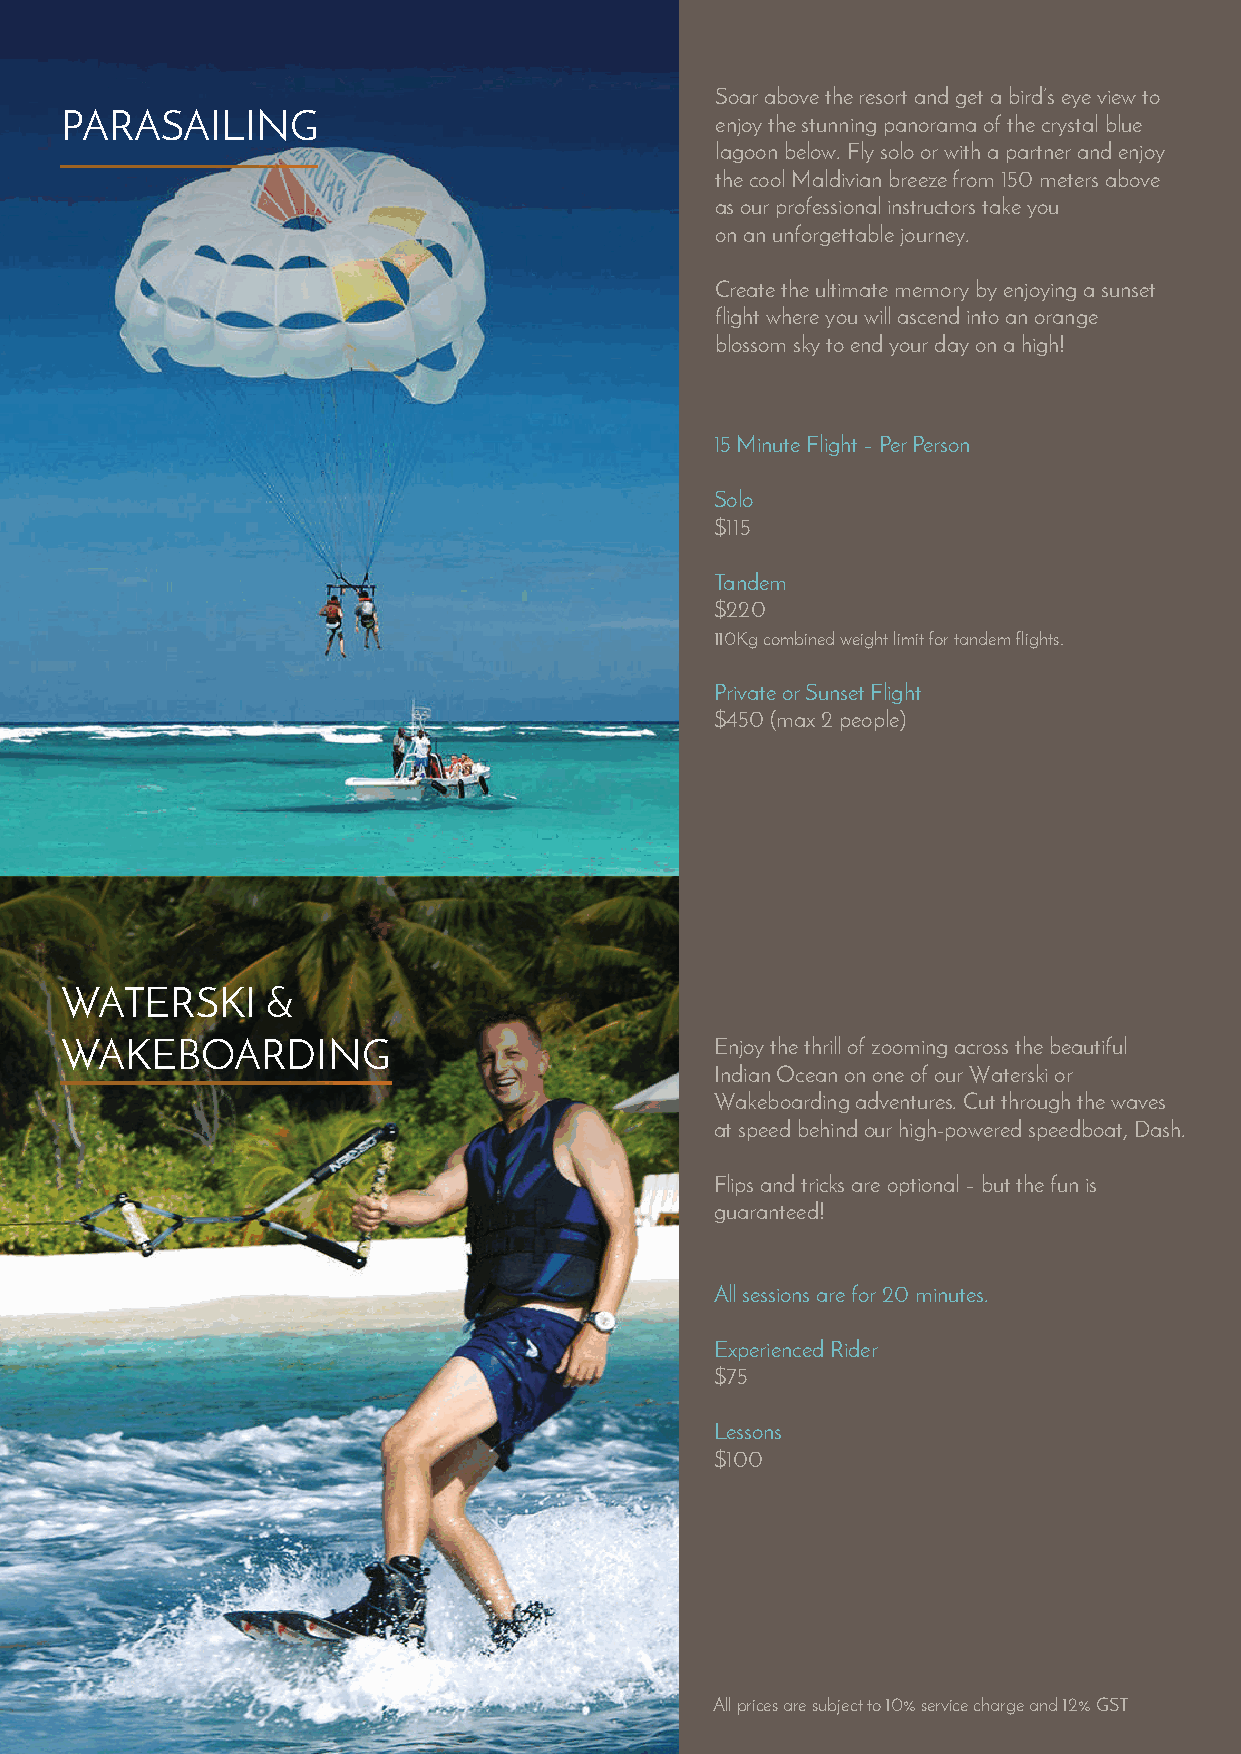
Soar above the resort and get a bird’s eye view to
 PARASAILING                                enjoy the stunning panorama of the crystal blue
 lagoon below. Fly solo or with a partner and enjoy
 the cool Maldivian breeze from 150 meters above
 as our professional instructors take you
 on an unforgettable journey.
 Create the ultimate memory by enjoying a sunset
 flight where you will ascend into an orange
 blossom sky to end your day on a high!
 15 Minute Flight – Per Person
 Solo
 $115
 Tandem
 $220
 110Kg combined weight limit for tandem flights.
 Private or Sunset Flight
 $450 (max 2 people)
 WATERSKI      &
 WAKEBOARDING                               Enjoy the thrill of zooming across the beautiful
 Indian Ocean on one of our Waterski or
 Wakeboarding adventures. Cut through the waves
 at speed behind our high-powered speedboat, Dash.
 Flips and tricks are optional – but the fun is
 guaranteed!
 All sessions are for 20 minutes.
 Experienced Rider
 $75
 Lessons
 $100
 All prices are subject to 10% service charge and 12% GST